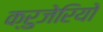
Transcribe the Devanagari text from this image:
क्रुजेरियो